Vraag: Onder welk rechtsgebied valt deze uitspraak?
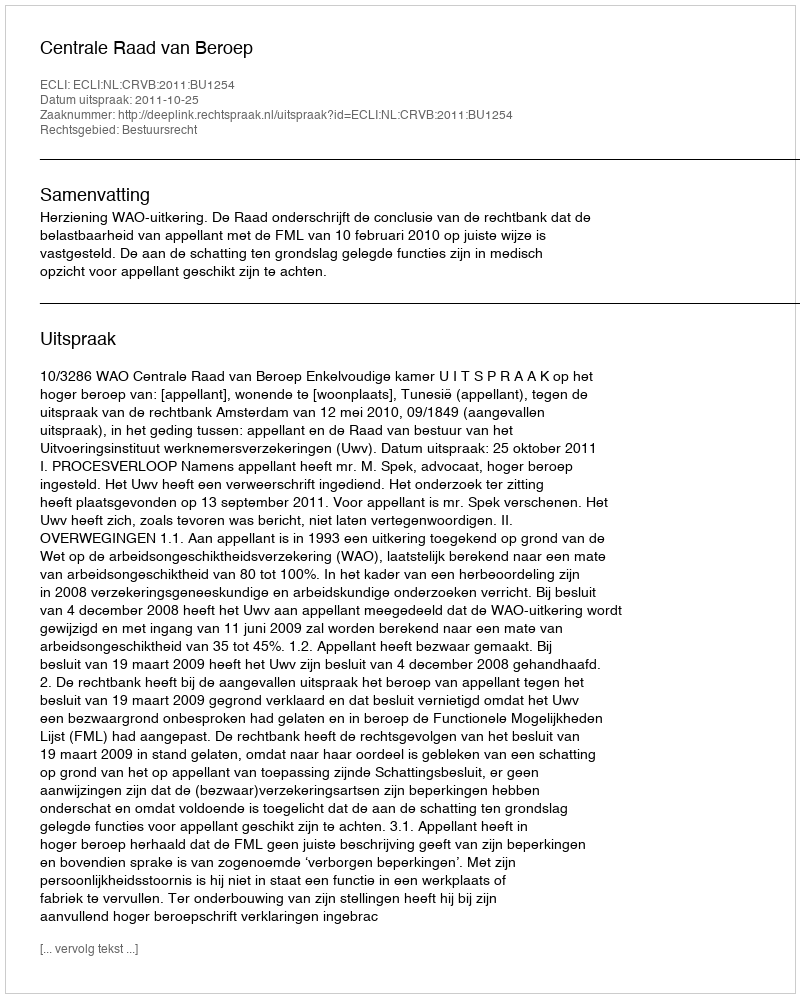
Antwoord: Bestuursrecht